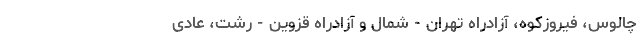
چالوس، فیروزکوه، آزادراه تهران - شمال و آزادراه قزوین - رشت، عادی